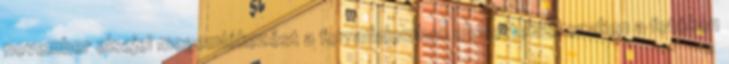
november elsejei megemlékezést a forradalomban elesettekről ezeken a fotókon